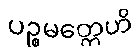
ပဉ္စမတ္တေဟိ